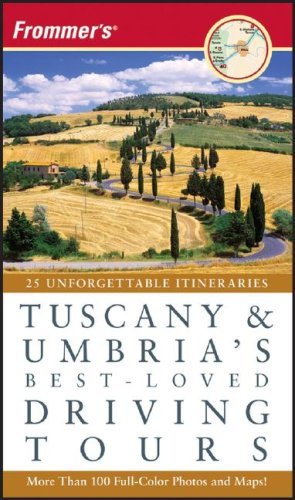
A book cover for Frommer's Tuscany & Umbria's Best-Loved Driving Tours; British Auto Association; Travel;